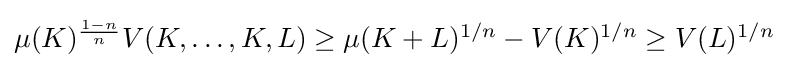
{\textstyle \mu (K)^{\frac {1-n}{n}}V(K,\ldots ,K,L)\geq \mu (K+L)^{1/n}-V(K)^{1/n}\geq V(L)^{1/n}}